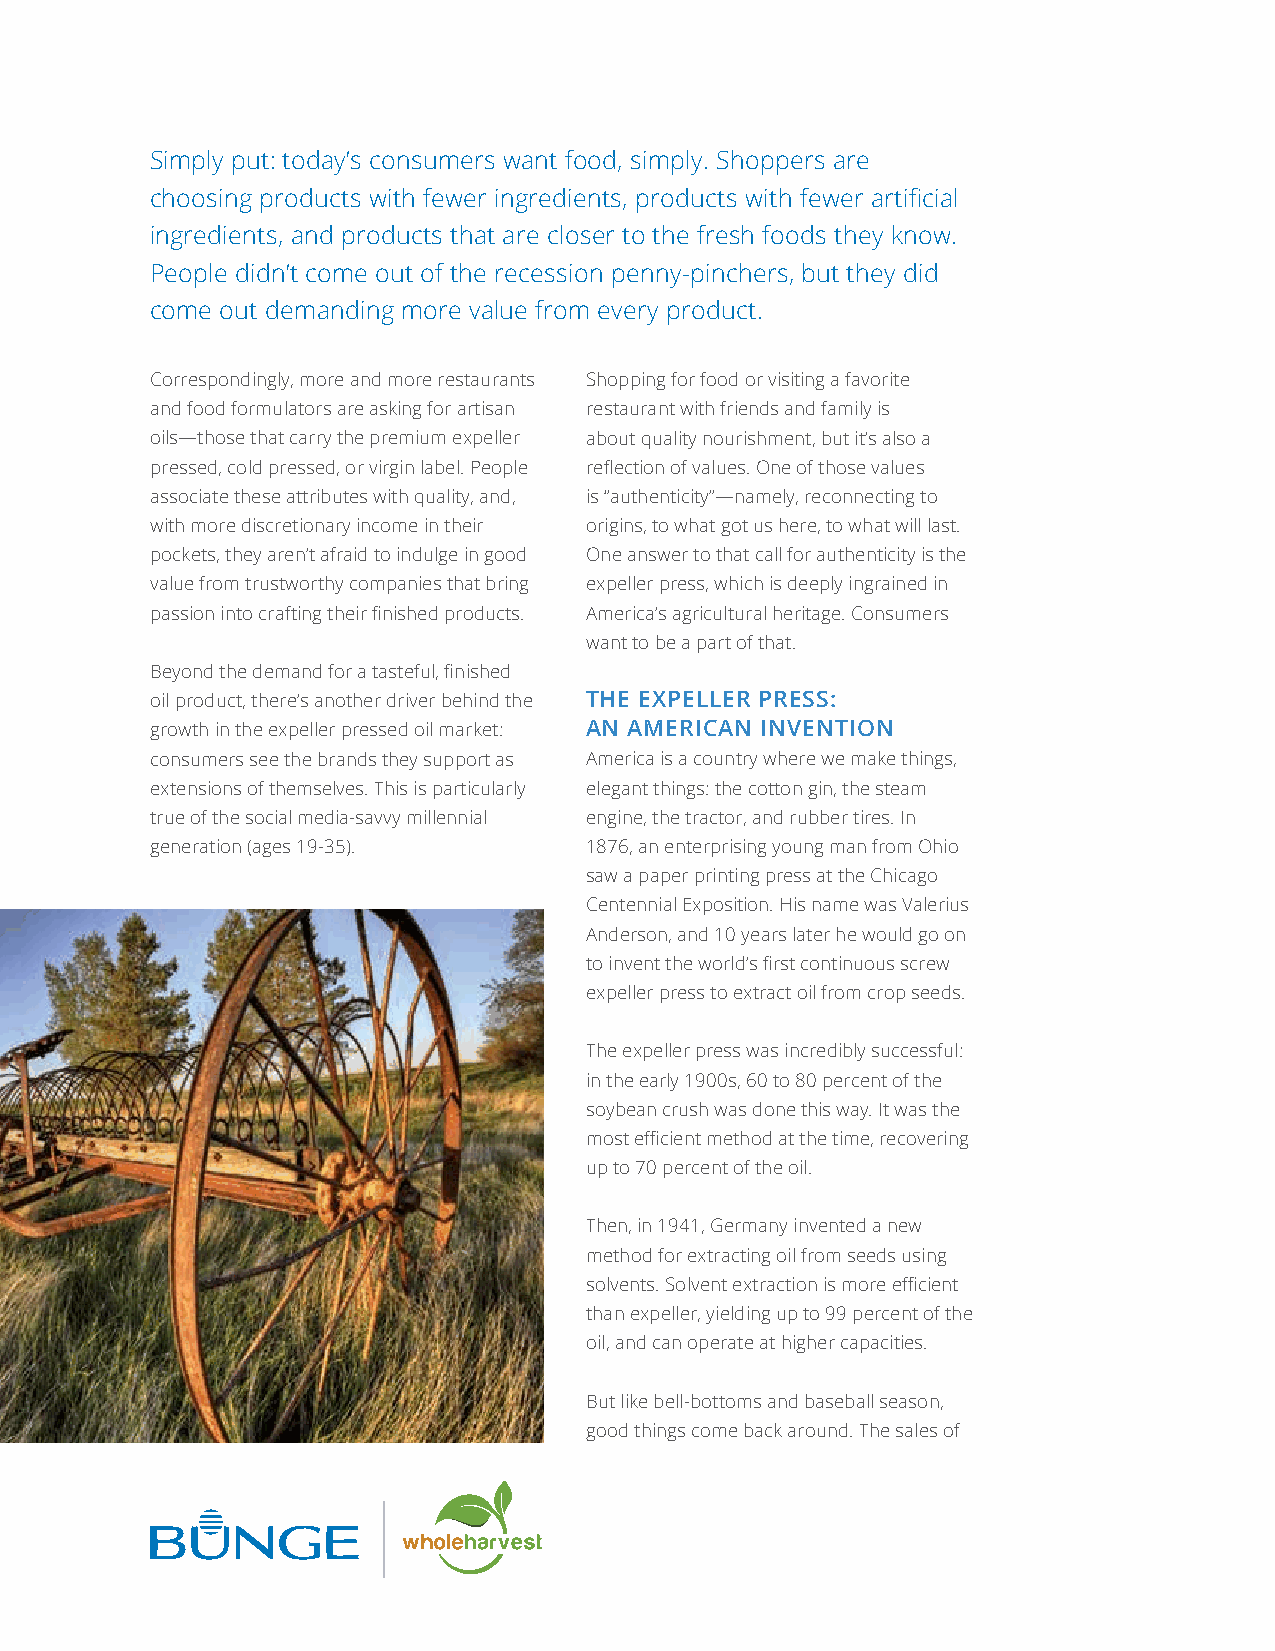
Simply put: today’s consumers want food, simply. Shoppers are
 choosing products with fewer ingredients, products with fewer artificial
 ingredients, and products that are closer to the fresh foods they know.
 People didn’t come out of the recession penny-pinchers, but they did
 come out demanding more value from every product.
 Correspondingly, more and more restaurants Shopping for food or visiting a favorite
 and food formulators are asking for artisan restaurant with friends and family is
 oils—those that carry the premium expeller about quality nourishment, but it’s also a
 pressed, cold pressed, or virgin label. People reflection of values. One of those values
 associate these attributes with quality, and, is “authenticity”—namely, reconnecting to
 with more discretionary income in their origins, to what got us here, to what will last.
 pockets, they aren’t afraid to indulge in good One answer to that call for authenticity is the
 value from trustworthy companies that bring expeller press, which is deeply ingrained in
 passion into crafting their finished products. America’s agricultural heritage. Consumers
 want to be a part of that.
 Beyond the demand for a tasteful, finished
 oil product, there’s another driver behind the THE EXPELLER PRESS:
 growth in the expeller pressed oil market: AN AMERICAN INVENTION
 consumers see the brands they support as America is a country where we make things,
 extensions of themselves. This is particularly elegant things: the cotton gin, the steam
 true of the social media-savvy millennial engine, the tractor, and rubber tires. In
 generation (ages 19-35).     1876, an enterprising young man from Ohio
 saw a paper printing press at the Chicago
 Centennial Exposition. His name was Valerius
 Anderson, and 10 years later he would go on
 to invent the world’s first continuous screw
 expeller press to extract oil from crop seeds.
 The expeller press was incredibly successful:
 in the early 1900s, 60 to 80 percent of the
 soybean crush was done this way. It was the
 most efficient method at the time, recovering
 up to 70 percent of the oil.
 Then, in 1941, Germany invented a new
 method for extracting oil from seeds using
 solvents. Solvent extraction is more efficient
 than expeller, yielding up to 99 percent of the
 oil, and can operate at higher capacities.
 But like bell-bottoms and baseball season,
 good things come back around. The sales of